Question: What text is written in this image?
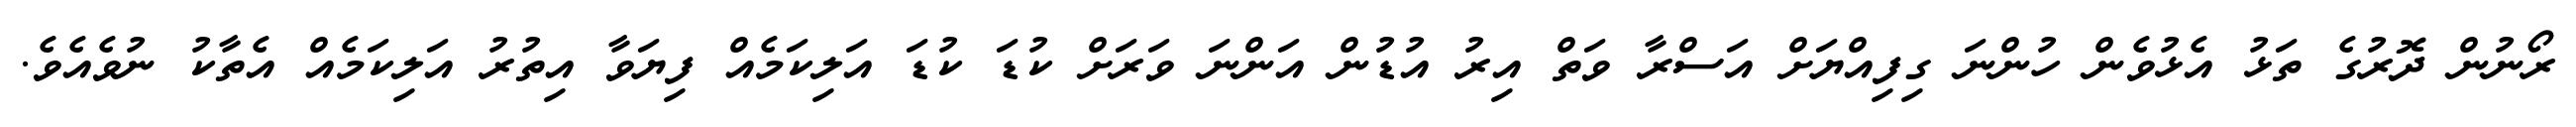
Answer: ރޯނުން ދޮރުގެ ތަޅު އެޅުވެން ހުންނަ ގިފިއްޔަށް އަސްރާ ވަތް އިރު އުޑުން އަންނަ ވަރަށް ކުޑަ ކުޑަ އަލިކަމެއް ފިޔަވާ އިތުރު އަލިކަމެއް އެތާކު ނުވެއެވެ.